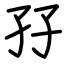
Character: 孖